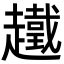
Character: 䟈